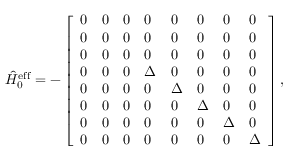
\begin{array} { r } { \hat { H } _ { 0 } ^ { \mathrm { e f f } } = - \left[ \begin{array} { l l l l l l l l } { 0 } & { 0 } & { 0 } & { 0 } & { 0 } & { 0 } & { 0 } & { 0 } \\ { 0 } & { 0 } & { 0 } & { 0 } & { 0 } & { 0 } & { 0 } & { 0 } \\ { 0 } & { 0 } & { 0 } & { 0 } & { 0 } & { 0 } & { 0 } & { 0 } \\ { 0 } & { 0 } & { 0 } & { \Delta } & { 0 } & { 0 } & { 0 } & { 0 } \\ { 0 } & { 0 } & { 0 } & { 0 } & { \Delta } & { 0 } & { 0 } & { 0 } \\ { 0 } & { 0 } & { 0 } & { 0 } & { 0 } & { \Delta } & { 0 } & { 0 } \\ { 0 } & { 0 } & { 0 } & { 0 } & { 0 } & { 0 } & { \Delta } & { 0 } \\ { 0 } & { 0 } & { 0 } & { 0 } & { 0 } & { 0 } & { 0 } & { \Delta } \end{array} \right] , } \end{array}